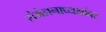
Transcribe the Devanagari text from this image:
संमेलनाध्यक्षांवर